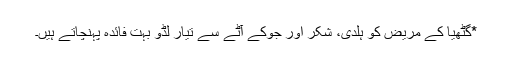
*گٹھیا کے مریض کو ہلدی، شکر اور جوکے آٹے سے تیار لڈو بہت فائدہ پہنچاتے ہیں۔